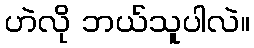
ဟဲလို ဘယ်သူပါလဲ။